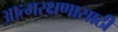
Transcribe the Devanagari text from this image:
आत्मरक्षणासाठी